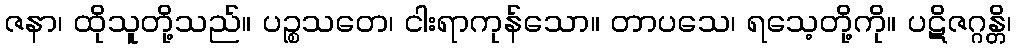
ဇနာ၊ ထိုသူတို့သည်။ ပဉ္စသတေ၊ ငါးရာကုန်သော။ တာပသေ၊ ရသေ့တို့ကို။ ပဋိဇဂ္ဂန္တိ၊